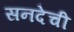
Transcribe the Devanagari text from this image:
सनदेची